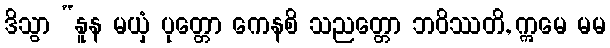
ဒိသွာ “နူန မယှံ ပုတ္တော ကေနစိ သညတ္တော ဘဝိဿတိ, ဣမေ မမ